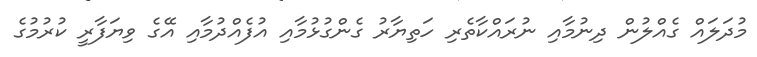
މުދަލައް ގެއްލުން ދިނުމާއި ނުރައްކާތެރި ހަތިޔާރު ގެންގުޅުމާއި އުފެއްދުމާއި އޭގެ ވިޔަފާރީ ކުރުމުގެ